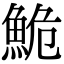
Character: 鮠